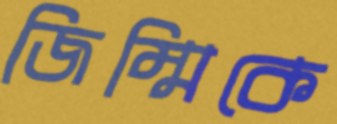
জিম্মিকে